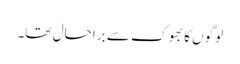
لوگوں کا بھوک سے برا حال تھا۔